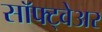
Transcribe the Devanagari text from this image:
सॉफ्ट्वेअर